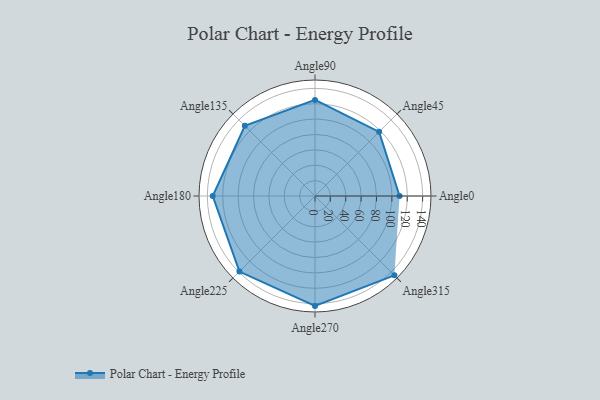
{"axis": {"x": "Angle", "y": "Radius"}, "legend": [""], "data": [{"x": "Angle0", "y": 110.0, "type": ""}, {"x": "Angle45", "y": 118.0, "type": ""}, {"x": "Angle90", "y": 125.0, "type": ""}, {"x": "Angle135", "y": 129.0, "type": ""}, {"x": "Angle180", "y": 133.0, "type": ""}, {"x": "Angle225", "y": 139.0, "type": ""}, {"x": "Angle270", "y": 143.0, "type": ""}, {"x": "Angle315", "y": 146.0, "type": ""}]}